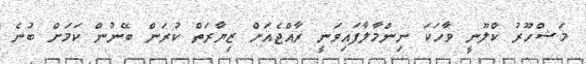
މަޝްހޫރު ކްލޫނީ ވާހަކަ ނިންމާލާފައިވަނީ ރާއްޖެއަށް ޒިޔާރަތް ކުރަން ބޭނުން ކަމަށް ބުނެ